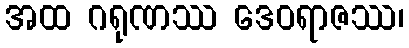
အထ ဂရုဏဿ ဒေဝရာဇဿ၊